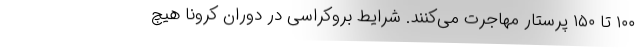
۱٠٠ تا ۱۵٠ پرستار مهاجرت می‌کنند. شرایط بروکراسی در دوران کرونا هیچ